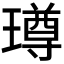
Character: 𭹼